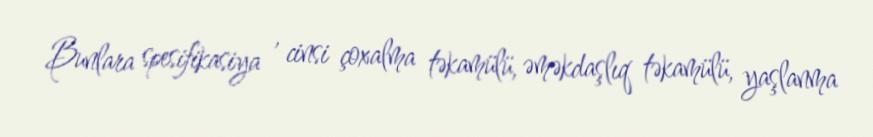
Bunlara spesifikasiya , cinsi çoxalma təkamülü, əməkdaşlıq təkamülü, yaşlanma